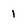
Character: 1